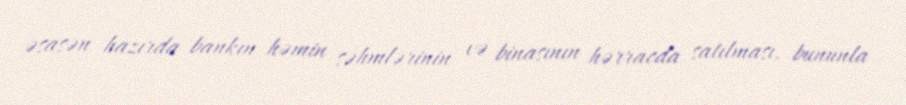
əsasən hazırda bankın həmin səhmlərinin və binasının hərracda satılması, bununla